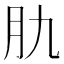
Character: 肍